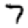
Digit: 7